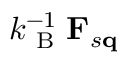
k _ { \mathrm { ~ B ~ } } ^ { - 1 } \mathbf { F } _ { s \mathbf { q } }